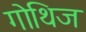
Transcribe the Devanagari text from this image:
गोथिज